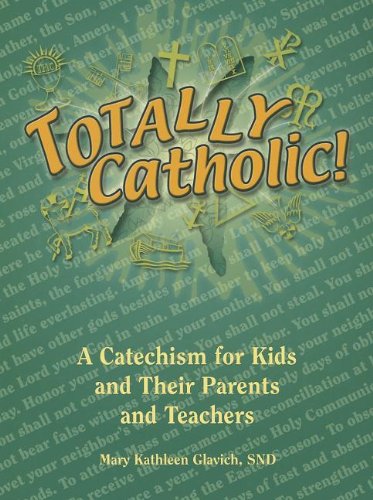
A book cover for Totally Catholic!: A Catechism for Kids and Their Parents and Teachers; Mary Kathleen Glavich; Christian Books & Bibles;